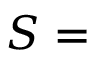
{ \boldsymbol { S } } =